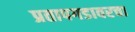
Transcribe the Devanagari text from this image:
प्रतापगडावरचा